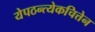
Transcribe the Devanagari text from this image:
येपठन्त्येकचित्तेन